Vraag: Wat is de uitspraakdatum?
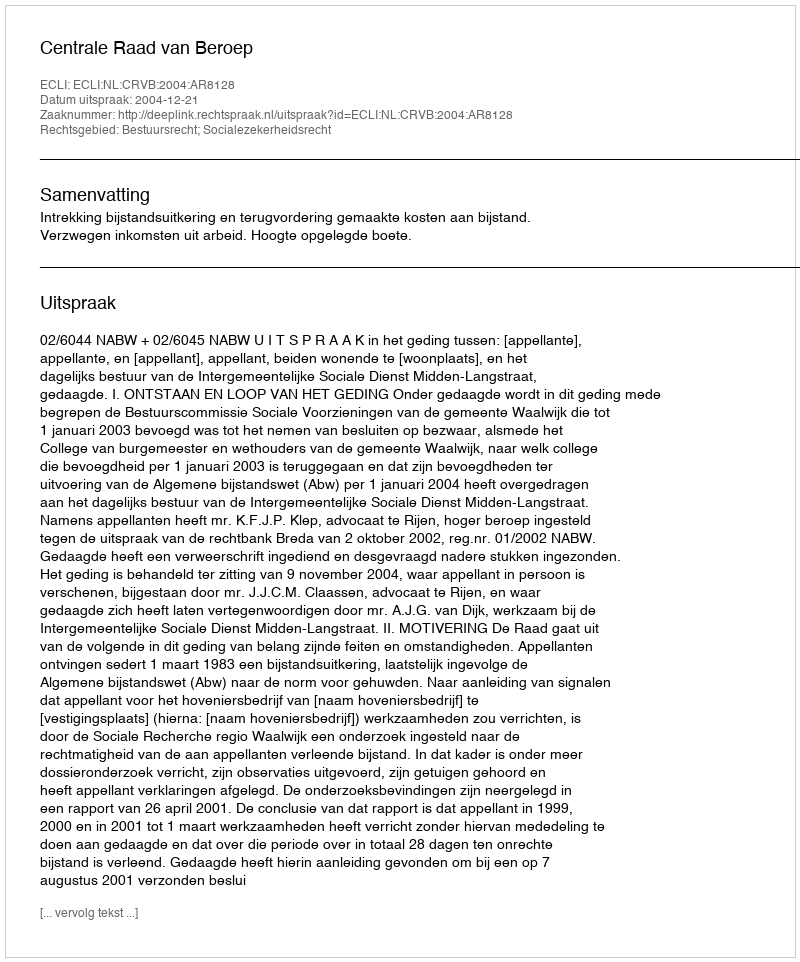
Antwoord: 2004-12-21